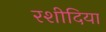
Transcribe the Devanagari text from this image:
रशीदिया